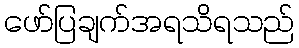
ဖော်ပြချက်အရသိရသည်